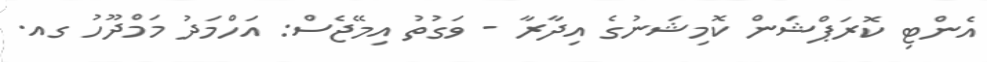
އެންޓި ކޮރަޕްޝަން ކޮމިޝަނުގެ އިދާރާ - ވަގުތު އިމޭޖެސް: އަހްމަދު މަމްދޫހު ގއ.